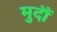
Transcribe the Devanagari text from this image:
मुदौं